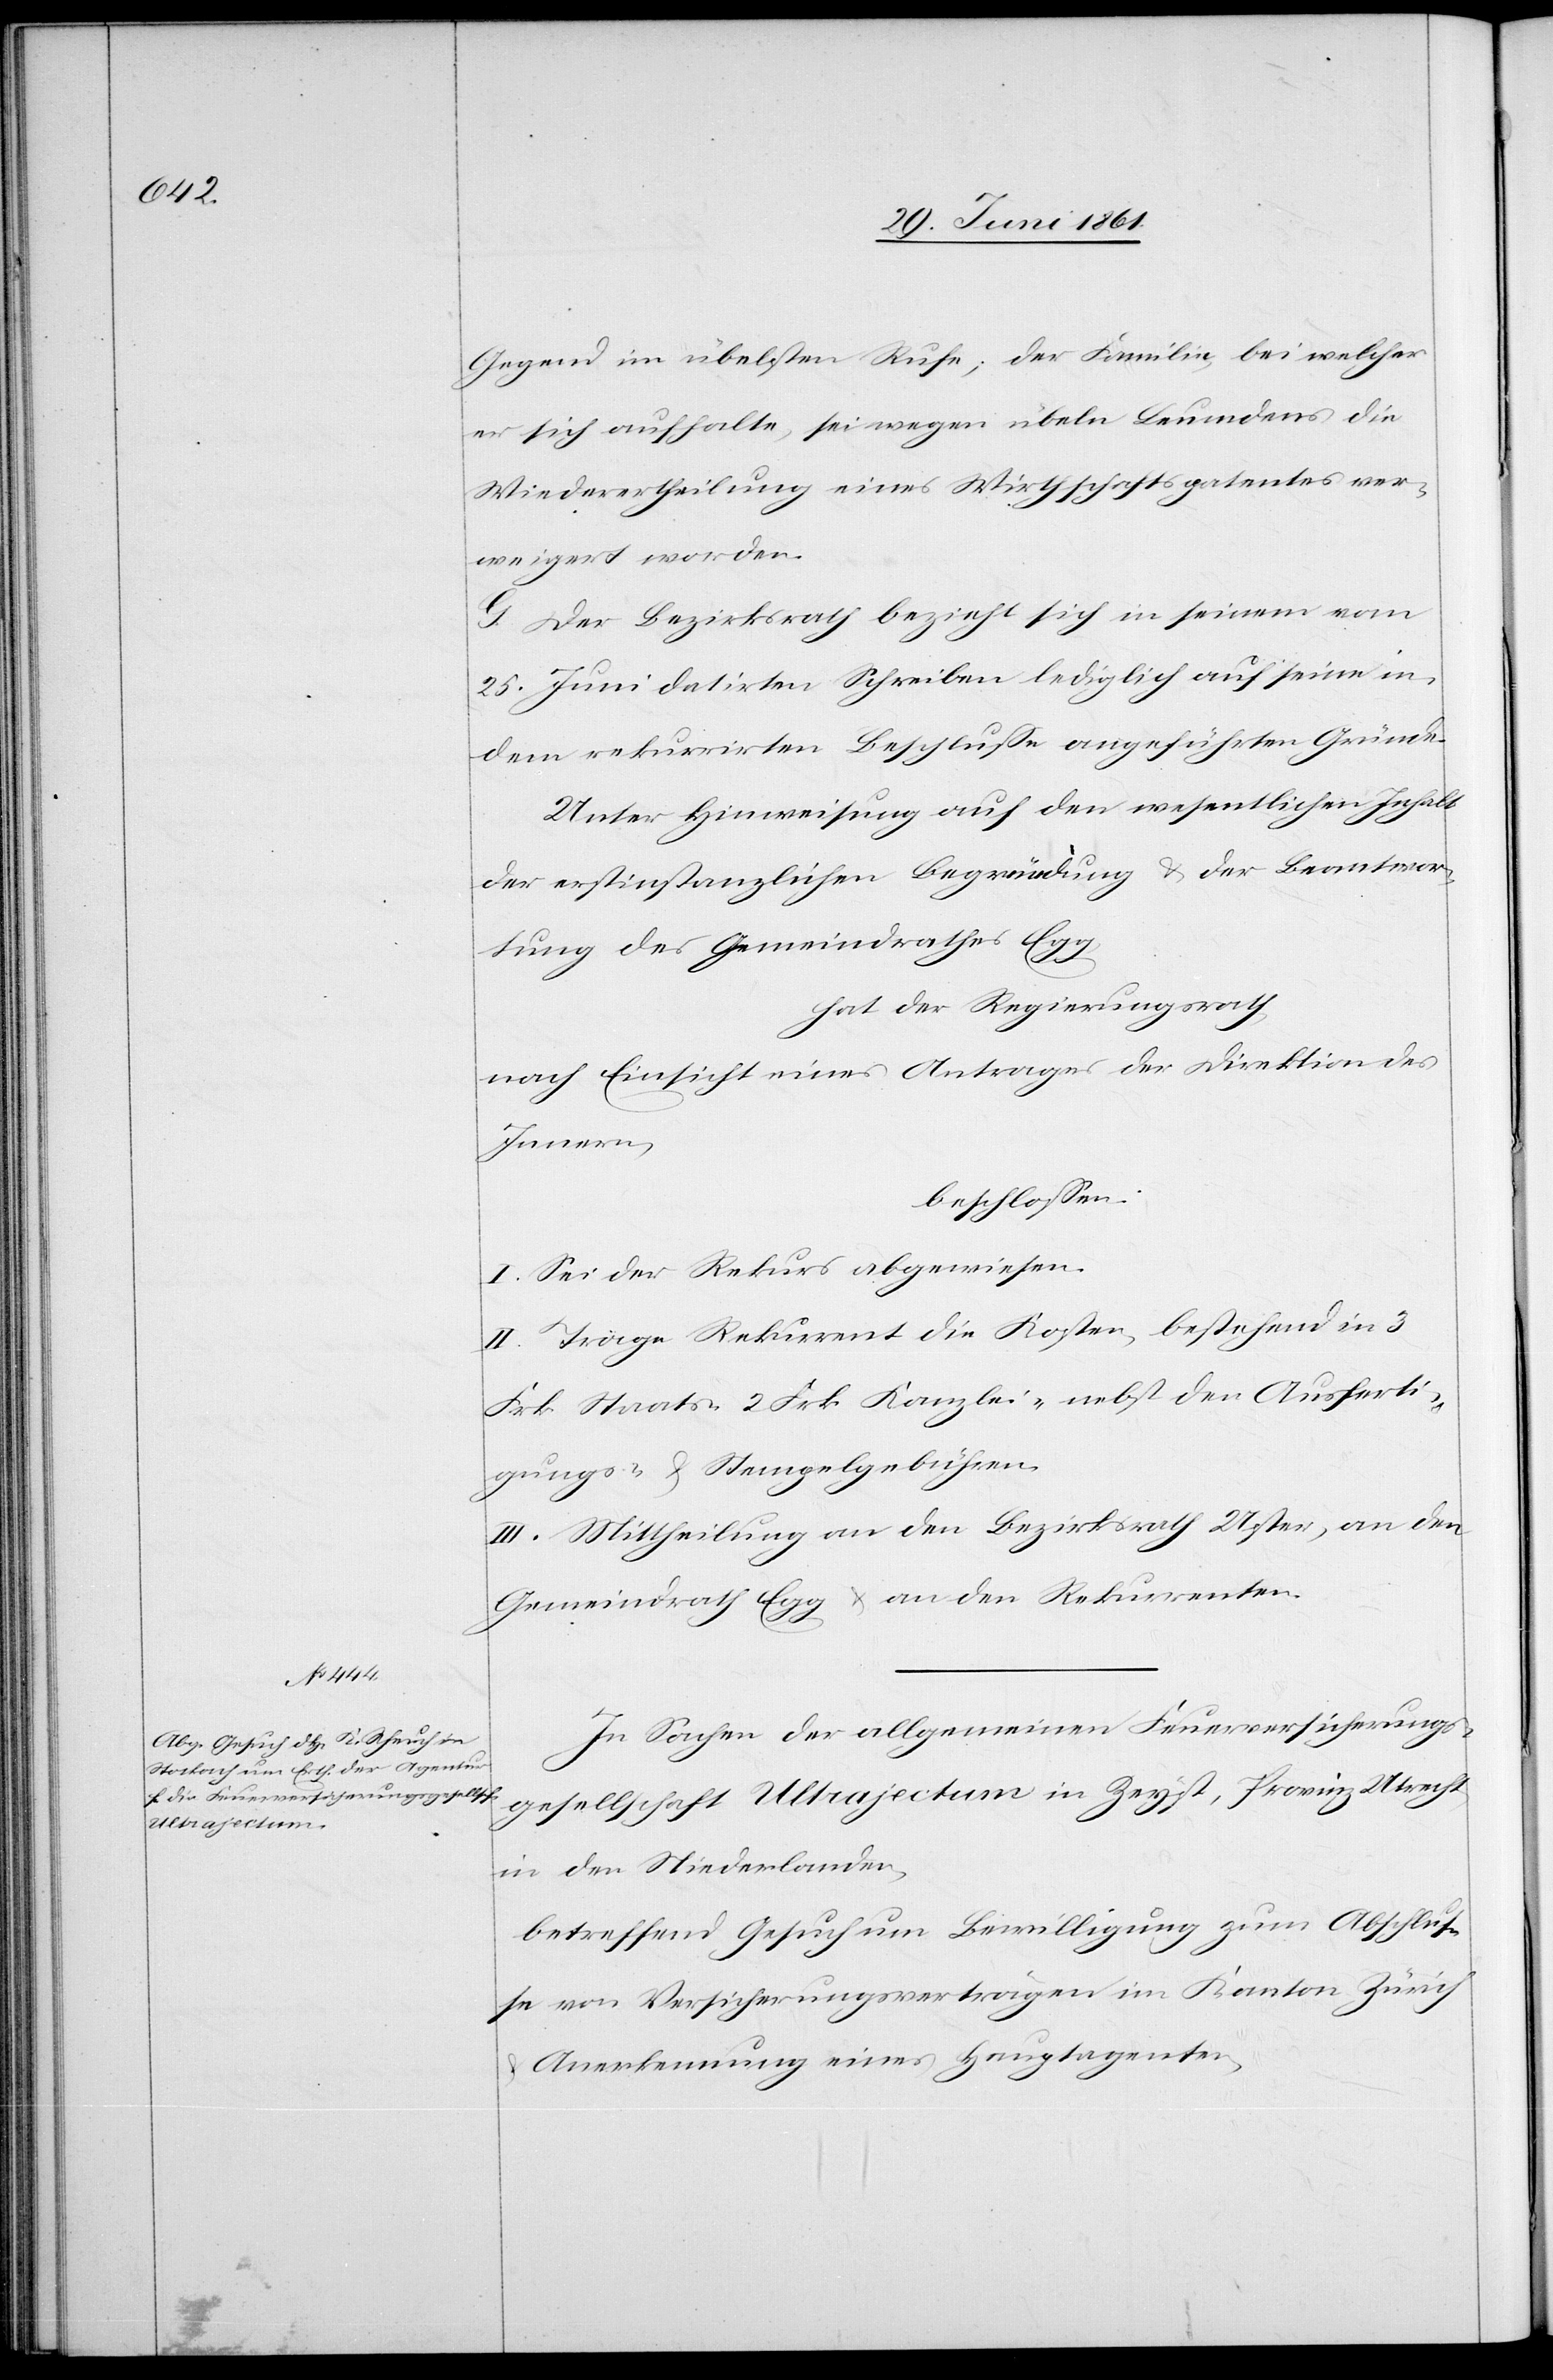
Gegend im übelsten Rufe; der Familie, bei welcher
er sich aufhalte, sei wegen übeln Leumundens die
Wiederertheilung eines Wirthschaftspatentes ver¬
weigert worden.
G. Der Bezirksrath bezieht sich in seinem vom
25. Juni datirten Schreiben lediglich auf seine in
dem rekurrirten Beschlusse angeführten Gründe.
Unter Hinweisung auf den wesentlichen Inhalt
der erstinstanzlichen Begründung u. der Beantwor¬
tung des Gemeindrathes Egg,
hat der Regierungsrath,
nach Einsicht eines Antrages der Direktion des
Innern,
beschlossen:
I. Sei der Rekurs abgewiesen.
II. Trage Rekurrent die Kosten, bestehend in 3
Frk. Staats-[,] 2 Frk. Kanzlei- nebst den Ausferti¬
gungs- u. Stempelgebühren.
III. Mittheilung an den Bezirksrath Uster, an den
Gemeindrath Egg u. an den Rekurrenten.
In Sachen der allgemeinen Feuerversicherungs¬
gesellschaft Ultrajectum in Zeyst, Provinz Utrecht,
in den Niederlanden,
betreffend Gesuch um Bewilligung zum Abschlus¬
se von Versicherungsverträgen im Kanton Zürich
Anerkennung eines Hauptagenten,